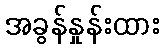
အခွန်နှုန်းထား